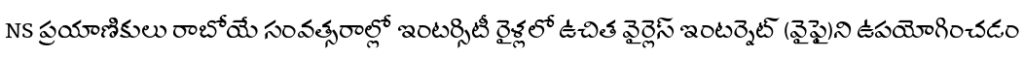
NS ప్రయాణికులు రాబోయే సంవత్సరాల్లో ఇంటర్సిటీ రైళ్లలో ఉచిత వైర్లెస్ ఇంటర్నెట్ (వైఫై)ని ఉపయోగించడం